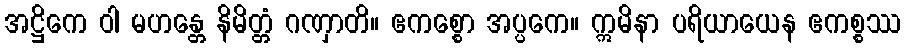
အဋ္ဌိကေ ဝါ မဟန္တေ နိမိတ္တံ ဂဏှာတိ။ ဧကစ္စော အပ္ပကေ။ ဣမိနာ ပရိယာယေန ဧကစ္စဿ